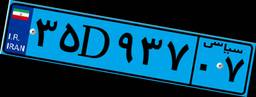
۵۸D۹۷۸۵۵